Indian journal of veterinary science and animal husbandry - Volumes 15-17, 1948-1951
Year: 1948
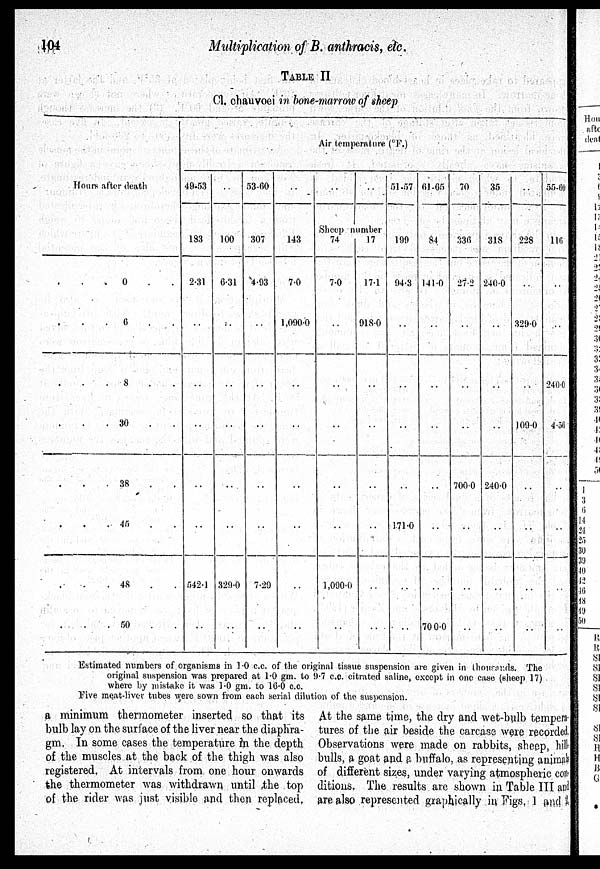
104
Multiplication of B. anthracis, etc.
TABLE II
Cl. chauvoei in bone-marrow of sheep
Hours after death
. . . 0 . .
. . . 6 . .
. . . 8 . .
. . . 30 . .
. . . 38 . .
. . .45 . .
. . . 48 . .
. . . 50 . .
Air temperature (°F.)
49-53
183
2.31
. .
. .
. .
. .
. .
542.1
. .
. .
100
6.31
. .
. .
. .
. .
. .
329.0
. .
53-60
307
4.93
. .
. .
. .
. .
. .
7.29
. .
. .
143
7.0
1,090.0
..
. .
. .
. .
. .
. .
. .
. .
Sheep number
74
7.0
. .
. .
. .
. .
. .
1,090.0
. .
17
17.1
918.0
. .
. .
. .
. .
. .
. .
51-57
199
94.3
. .
. .
. .
. .
171.0
. .
. .
61-65
84
141.0
. .
. .
. .
. .
. .
. .
700.0
70
336
27.2
. .
. .
. .
700.0
. .
. .
. .
35
318
240.0
. .
. .
. .
240.0
. .
. .
. .
. .
228
. .
329.0
. .
109.0
. .
. .
. .
..
55-60
116
. .
. .
240.0
4.56
. .
. .
. .
. .
Estimated numbers of organisms in 1.0 c.c. of the original tissue suspension are given in thousands. The
original suspension was prepared at 1.0 gm. to 9.7 c.c. citrated saline, except in one case (sheep 17)
where by mistake it was 1.0 gm. to 16.0 c.c.
Five meat-liver tubes were sown from each serial dilution of the suspension.
a minimum thermometer inserted so that its
bulb lay on the surface of the liver near the diaphra-
gm. In some cases the temperature in the depth
of the muscles at the back of the thigh was also
registered, At intervals from one hour onwards
the thermometer was withdrawn until the top
of the rider was just visible and then replaced.
At the same time, the dry and wet-bulb tempera-
tures of the air beside the carcase were recorded
Observations were made on rabbits, sheep, hill
bulls, a goat and a buffalo, as representing animals
of different sizes, under varying atmospheric con-
ditions. The results are shown in Table III and
are also represented graphically in Figs. 1 and 2